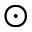
\odot